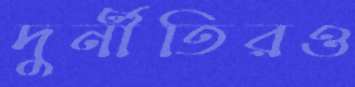
দুর্নীতিরও